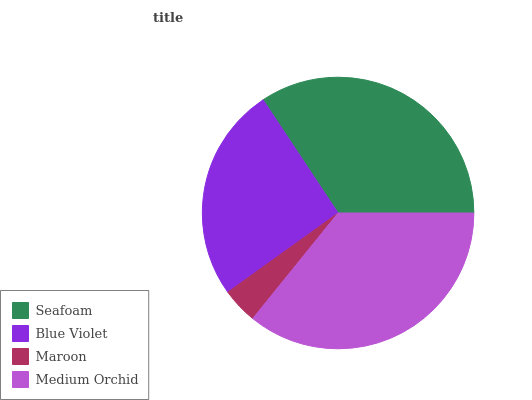
| Seafoam | Blue Violet | Maroon | Medium Orchid |
 | --- | --- | --- | --- |
 | 34.4% | 25.6% | 4.26% | 35.8% |